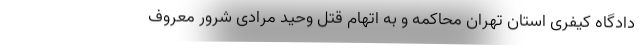
دادگاه کیفری استان تهران محاکمه و به اتهام قتل وحید مرادی شرور معروف